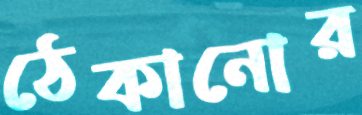
ঠেকানোর